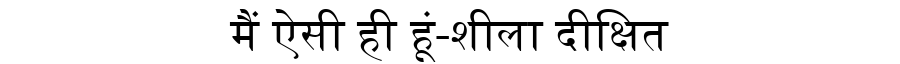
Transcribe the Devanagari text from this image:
मैं ऐसी ही हूं-शीला दीक्षित